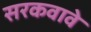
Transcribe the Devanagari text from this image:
सरकवावे